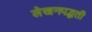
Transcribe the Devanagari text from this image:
लेखनपद्धती